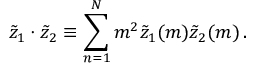
\tilde { z } _ { 1 } \cdot \tilde { z } _ { 2 } \equiv \sum _ { n = 1 } ^ { N } m ^ { 2 } \tilde { z } _ { 1 } ( m ) \tilde { z } _ { 2 } ( m ) \, .